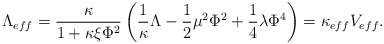
\begin{align*}\Lambda _{eff} = \frac{\kappa}{1+\kappa \xi \Phi ^{2}} \left(\frac{1}{\kappa} \Lambda -\frac{1}{2} \mu ^{2}\Phi ^{2} +\frac{1}{4}\lambda \Phi ^4 \right) = \kappa _{eff} V_{eff}.\end{align*}